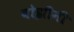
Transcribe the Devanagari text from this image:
बोझीनी